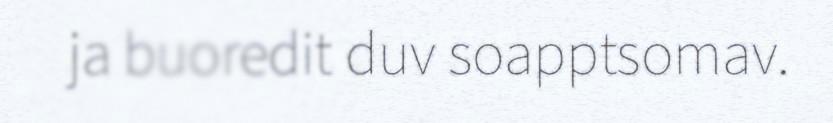
ja buoredit duv soapptsomav.